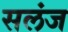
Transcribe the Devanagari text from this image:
सलंज